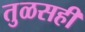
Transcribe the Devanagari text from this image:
तुळसही